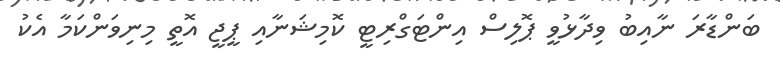
ބަންޑާރަ ނާއިބު ވިދާޅުވީ ޕޮލިސް އިންޓަގްރިޓީ ކޮމިޝަނާއި ޕީޖީ އޮތީ މިނިވަންކަމާ އެކު